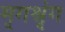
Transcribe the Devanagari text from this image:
मृगश्रृंग